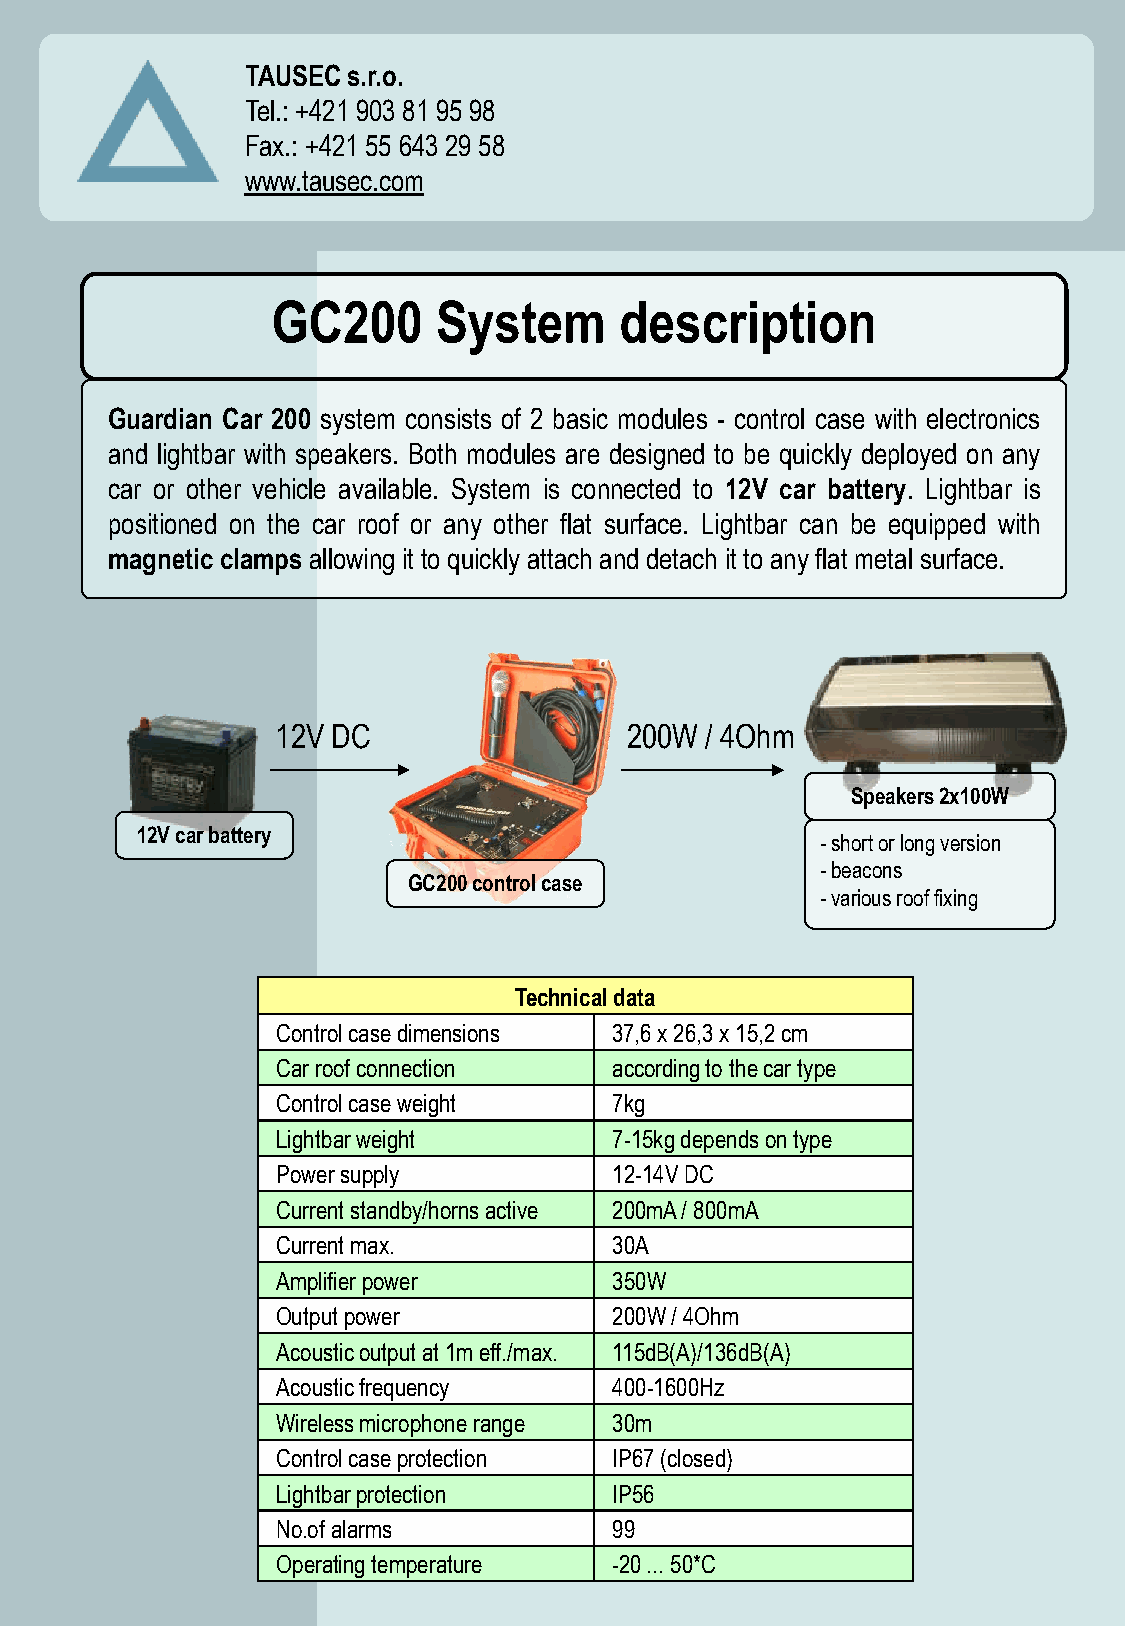
TAUSEC s.r.o.
 Tel.: +421 903 81 95 98
 Fax.: +421 55 643 29 58
 www.tausec.com
 GC200      System      description
 Guardian Car 200 system consists of 2 basic modules - control case with electronics
 and lightbar with speakers. Both modules are designed to be quickly deployed on any
 car or other vehicle available. System is connected to 12V car battery. Lightbar is
 positioned on the car roof or any other flat surface. Lightbar can be equipped with
 magnetic clamps allowing it to quickly attach and detach it to any flat metal surface.
 12V DC                 200W  / 4Ohm
 Speakers 2x100W
 12V car battery
 -short or long version
 -beacons
 GC200 control case
 -various roof fixing
 Technical data
 Control case dimensions 37,6 x 26,3 x 15,2 cm
 Car roof connection    according to the car type
 Control case weight    7kg
 Lightbar weight        7-15kg depends on type
 Power supply           12-14V DC
 Current standby/horns active 200mA / 800mA
 Current max.           30A
 Amplifier power        350W
 Output power           200W / 4Ohm
 Acoustic output at 1m eff./max. 115dB(A)/136dB(A)
 Acoustic frequency     400-1600Hz
 Wireless microphone range 30m
 Control case protection IP67 (closed)
 Lightbar protection    IP56
 No.of alarms           99
 Operating temperature  -20 ... 50*C